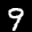
Label: 9